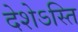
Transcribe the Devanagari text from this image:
देशेऽस्ति